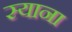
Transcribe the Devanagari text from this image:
स्याना